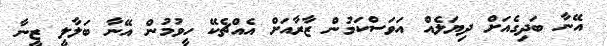
އޭނާ ބަދިގެއަށް ދިޔަލެއް އަވަސްކަމުން ޒާރާއަށް އެއްޗެކޭ ހީވުމުން އޭނާ ބަލާލީ ޒީނާ